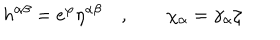
LaTeX: h ^ { \alpha \beta } = e ^ { \varphi } \eta ^ { \alpha \beta } \quad , \qquad \chi _ { \alpha } = \gamma _ { \alpha } \zeta